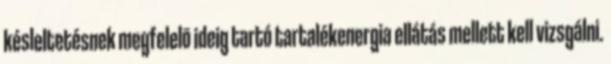
késleltetésnek megfelelõ ideig tartó tartalékenergia ellátás mellett kell vizsgálni.